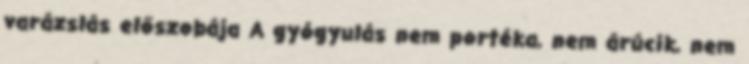
varázslás előszobája A gyógyulás nem portéka, nem árúcik, nem